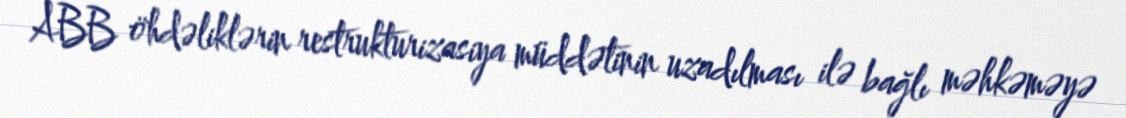
ABB öhdəliklərin restrukturizasiya müddətinin uzadılması ilə bağlı məhkəməyə